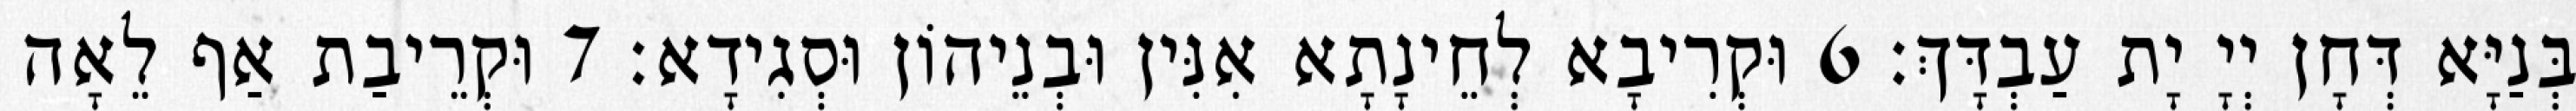
בְּנַיָּא דְּחָן יְיָ יָת עַבְדָּךְ׃ 6 וּקְרִיבָא לְחֵינָתָא אִנִּין וּבְנֵיהוֹן וּסְגִידָא׃ 7 וּקְרֵיבַת אַף לֵאָה